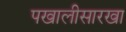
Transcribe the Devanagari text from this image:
पखालीसारखा